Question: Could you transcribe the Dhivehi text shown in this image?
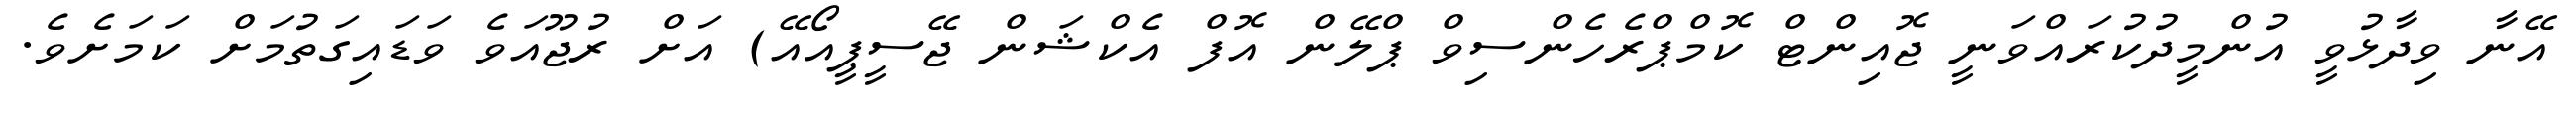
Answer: އޭނާ ވިދާޅުވީ އުންމީދުކުރައްވަނީ ޖޮއިންޓް ކޮމްޕްރެހެންސިވް ޕްލޭން އޮފް އެކްޝަން ޖޭސީޕީއޯއޭ) އަށް ރުޖޫއަވެ ވަޑައިގަތުމަށް ކަމަށެވެ.